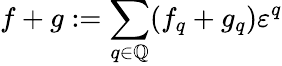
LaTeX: f+g:=\sum_{q\in\mathbb{Q}}(f_{q}+g_{q})\varepsilon^{q}